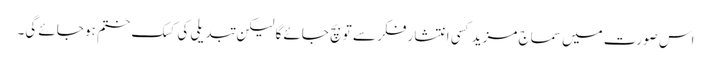
اس صورت میں سماج مزید کسی انتشار فکر سے تو بچ جائے گا لیکن تبدیلی کی کسک ختم ہو جائے گی۔